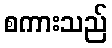
စကားသည်